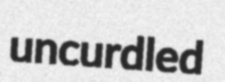
uncurdled